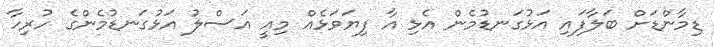
ޑިމާންޑަށް ބަލާފައި އަޅުގަނޑުމެން އެޅި އާ ފިޔަވަޅެއް މިއީ އަސްލު އަޅުގަނޑުމެންގެ ހުރިހާ